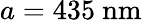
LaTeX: a=435\ \mathrm{nm}